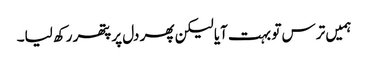
ہمیں ترس تو بہت آیا لیکن پھر دل پر پتھر رکھ لیا۔